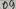
Text: D5